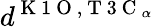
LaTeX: d^{\mathrm{~K~1~O~},\mathrm{~T~3~C~}_{\alpha}}